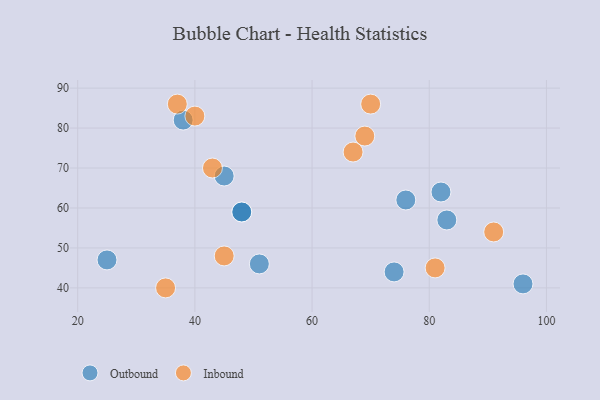
{"axis": {"x": "GDP", "y": "Life Expectancy"}, "legend": ["Inbound", "Outbound"], "data": [{"x": "51", "y": 46, "type": "Outbound"}, {"x": "82", "y": 64, "type": "Outbound"}, {"x": "25", "y": 47, "type": "Outbound"}, {"x": "48", "y": 59, "type": "Outbound"}, {"x": "48", "y": 59, "type": "Outbound"}, {"x": "38", "y": 82, "type": "Outbound"}, {"x": "83", "y": 57, "type": "Outbound"}, {"x": "76", "y": 62, "type": "Outbound"}, {"x": "74", "y": 44, "type": "Outbound"}, {"x": "45", "y": 68, "type": "Outbound"}, {"x": "96", "y": 41, "type": "Outbound"}, {"x": "69", "y": 78, "type": "Inbound"}, {"x": "91", "y": 54, "type": "Inbound"}, {"x": "40", "y": 83, "type": "Inbound"}, {"x": "67", "y": 74, "type": "Inbound"}, {"x": "45", "y": 48, "type": "Inbound"}, {"x": "43", "y": 70, "type": "Inbound"}, {"x": "35", "y": 40, "type": "Inbound"}, {"x": "37", "y": 86, "type": "Inbound"}, {"x": "81", "y": 45, "type": "Inbound"}, {"x": "70", "y": 86, "type": "Inbound"}]}